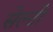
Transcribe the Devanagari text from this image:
सेल्टी